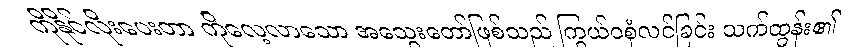
ကိုနိုင်လိုးပေးတာ ကိုလေ့လာသော အသွေးတော်ဖြစ်သည် ကြွယ်ဝစုံလင်ခြင်း သက်ထွန်း၏